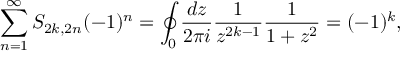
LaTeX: \sum _ { n = 1 } ^ { \infty } S _ { 2 k , 2 n } ( - 1 ) ^ { n } = \oint _ { 0 } { \frac { d z } { 2 \pi i } } { \frac { 1 } { z ^ { 2 k - 1 } } } { \frac { 1 } { 1 + z ^ { 2 } } } = ( - 1 ) ^ { k } ,